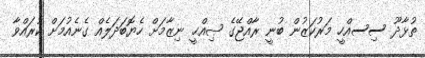
ތުޅާދޫ ސިސއްހީ މަރުކަޒުން ބުނީ ރާއްޖޭގެ ޞިއްޙީ ނިޒާމަށް ހެޔޮބަދަލެއް ގެނެއުމަށް ކުރައްވާ